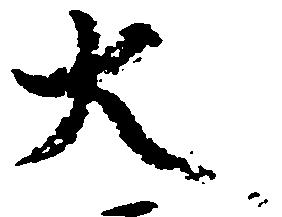
大